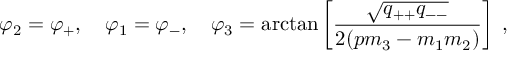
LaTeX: \varphi _ { 2 } = \varphi _ { + } , \quad \varphi _ { 1 } = \varphi _ { - } , \quad \varphi _ { 3 } = \arctan \left[ \frac { \sqrt { q _ { + + } q _ { -- } } } { 2 ( p m _ { 3 } - m _ { 1 } m _ { 2 } ) } \right] \; ,